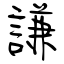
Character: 謙